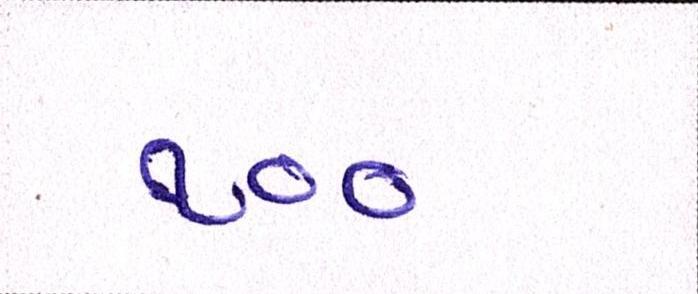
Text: ૧૦૦